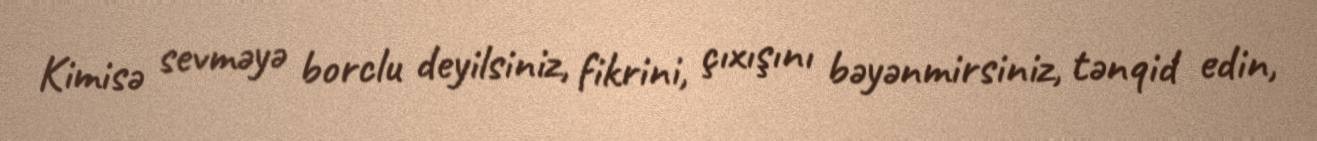
Kimisə sevməyə borclu deyilsiniz, fikrini, çıxışını bəyənmirsiniz, tənqid edin,